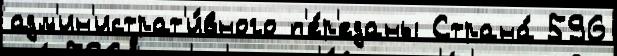
адм'ин'истрат'и́вного п'е́р'еданы Страна́ 596